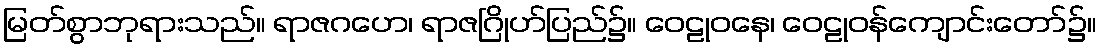
မြတ်စွာဘုရားသည်။ ရာဇဂဟေ၊ ရာဇဂြိုဟ်ပြည်၌။ ဝေဠုဝနေ၊ ဝေဠုဝန်ကျောင်းတော်၌။